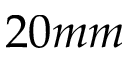
2 0 m m